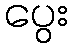
ပွေး